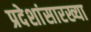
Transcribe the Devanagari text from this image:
प्रदेशांसारख्या